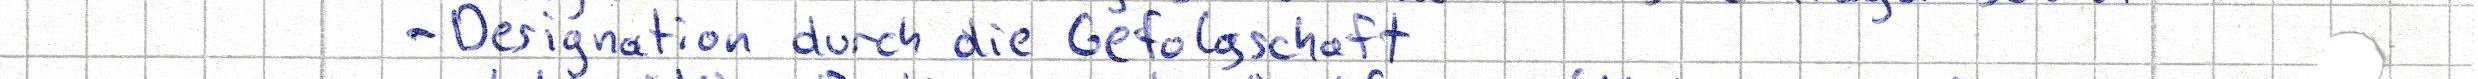
- Designation durch die Gefolgschaft